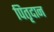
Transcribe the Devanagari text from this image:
पितृदान